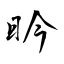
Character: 昑